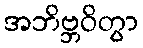
အဘိဗ္ဘဝိတွာ